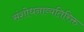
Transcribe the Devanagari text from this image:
संशोधनाव्यतिरिक्त